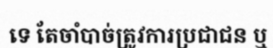
ទេ តែចាំបាច់ត្រូវការប្រជាជន ឬ